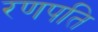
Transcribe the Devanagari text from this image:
रणपति